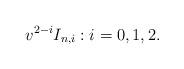
LaTeX: \begin{align*} v^{2-i}I_{n,i}:i=0,1,2.\end{align*}